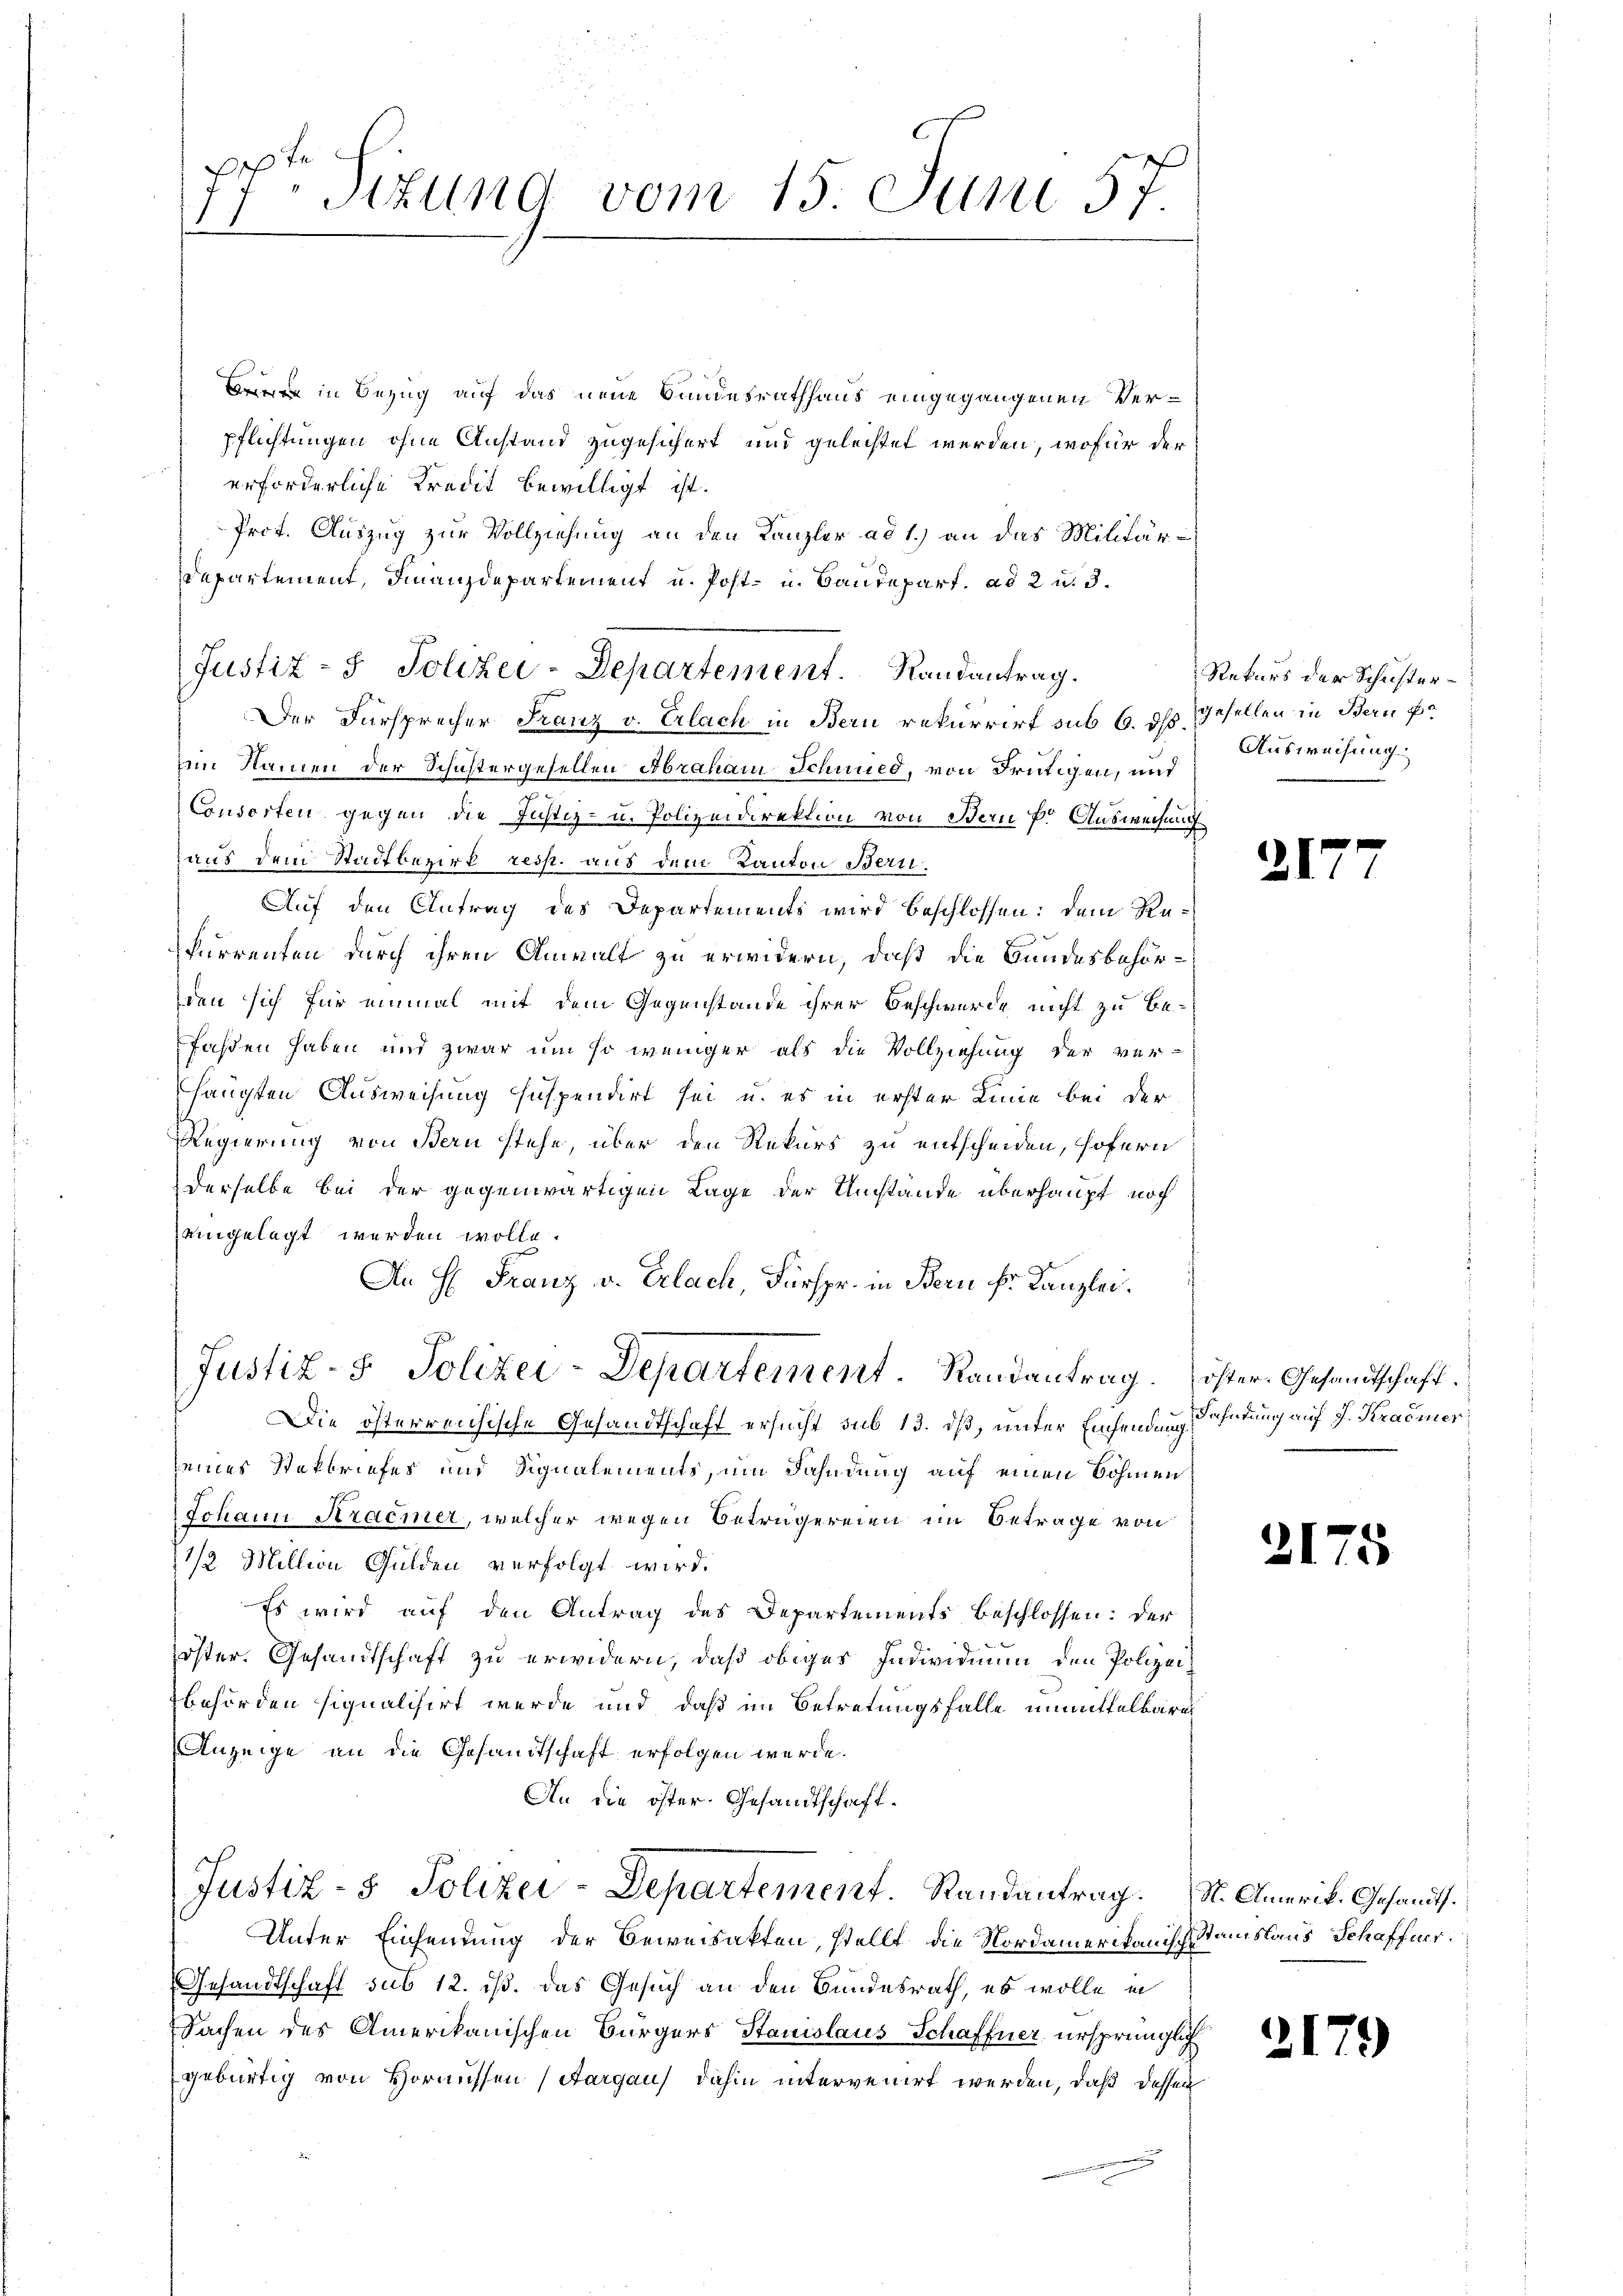
7. Sizung vom 15. Juni 57
2

in Bezug auf das neue Bundesrathhaus eingegangenen Verpflichtungen ohne Anstand zugesichert und geleistet werden, wofür der
erforderliche Kredit bewilligt ist.
Prot. Auszug zur Vollziehung an den Kanzler ad 1.) an das Militär¬
Departement, Finanzdepartement u. Post- u. Baudepart. ad 2 u. 3.
Justiz- & Polizei-Departement. Randantrag.
Der Fürsprecher Franz v. Erlach in Bern rekurrirt sub 6. dß.
im Namen der Schustergesellen Abraham Schmied, von Frutigen, und
Consorten gegen die Justiz- u. Polizeidirektion von Bern P. Ausweisung
aus dem Stadtbezirk resp. aus dem Kanton Beru¬
Auf den Antrag des Departements wird beschlossen: dem Re¬
Furrenten durch ihren Anwalt zu erwidern, daß die Bundesbehörden sich für einmal mit dem Gegenstände ihrer Beschwerde nicht zu befaßen haben und zwar um so weniger als die Vollziehung der ver-
haupten Ausweisung suspendirt sei, u. es in erster Linie bei der
Regierung von Bern stehe, über den Rekurs zu entscheiden, sofern
Derselbe bei der gegenwärtigen Lage der Umstände überhaupt noch
eingelegt werden wolle.
An H: Franz u. Erlach, Fürspr. in Bern Fr. Kanzlei.
Justiz- & Polizei-Departement. Randantrag. öster Gesandtschaft.
Die österreichische Gesandtschaft ersucht sub 13. ds, unter Einsendung Sahndung auf J. Kradmer
seines Nekbriefes und Signalements, um Fahndung auf einen Böhmen
Johann Araemer, welcher wegen Betrügereien im Betrage von
1/2 Million Gulden verfolgt wird.
Es wird auf den Antrag des Departements beschlossen: der
öster. Gesandtschaft zu erwidern, daß obiges Individium den Polizeibehörden signalisirt werde und daß im Betretungsfalle unmittelbares
Anzeige an die Gesandtschaft erfolgen werde.
An die öster Gesandtschaft¬
Justiz- & Polizei-Departement. Randantrag. St. Amerik. Gesandt.
Unter Einsendung der Beweisakten, stellt, die Nordamerikanisch Standslaus Schaffner.
Gesandtschaft sub 12. ist. Das Gesuch an den Bundesrath, es wolle in
Sachen des Amerikanischen Bürgers Stanislaus Schaffner ursprünglich
gebürtig von Hornüssen (Aargau dahin intervenirt werden, daß dessen

Rekurs der Schustergesellen in Bern Er
Ausweisung

d

2

21

21

1

)